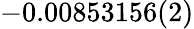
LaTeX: -0.00853156(2)